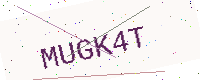
Text: MUGK4T